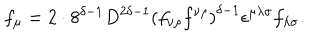
LaTeX: f _ { \mu } = 2 \cdot 8 ^ { \delta - 1 } D ^ { 2 \delta - 1 } \left( f _ { \nu \rho } f ^ { \nu \rho } \right) ^ { \delta - 1 } \epsilon ^ { \mu \lambda \sigma } f _ { \lambda \sigma } .